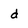
Character: d